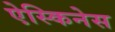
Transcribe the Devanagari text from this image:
ऐस्किनेस